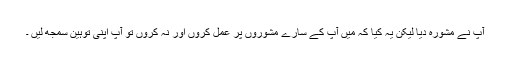
آپ نے مشورہ دیا لیکن یہ کیا کہ میں آپ کے سارے مشوروں پر عمل کروں اور نہ کروں تو آپ اپنی توہین سمجھ لیں ۔